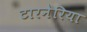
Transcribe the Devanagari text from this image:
टारनेरिया